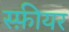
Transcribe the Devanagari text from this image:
स्फ़ीयर